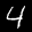
Label: 4